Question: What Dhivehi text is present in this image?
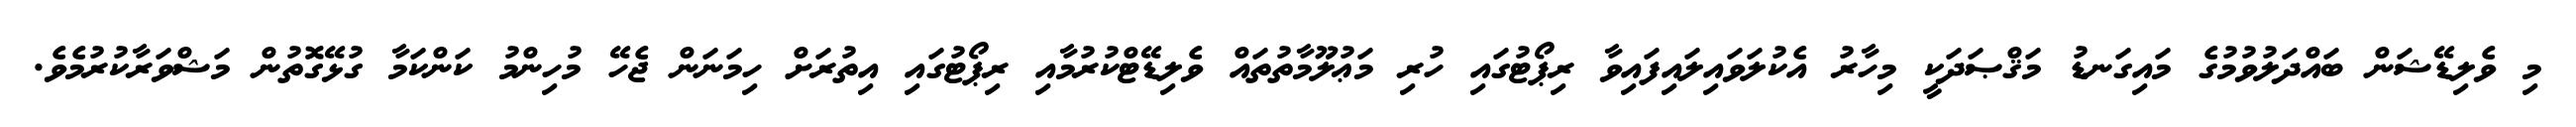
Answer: މި ވެލިޑޭޝަން ބައްދަލުވުމުގެ މައިގަނޑު މަޤްޞަދަކީ މިހާރު އެކުލަވައިލައިފައިވާ ރިޕޯޓުގައި ހުރި މަޢުލޫމާތުތައް ވެލިޑޭޓްކުރުމާއި ރިޕޯޓުގައި އިތުރަށް ހިމަނަން ޖެހޭ މުހިންމު ކަންކަމާ ގުޅޭގޮތުން މަޝްވަރާކުރުމެވެ.